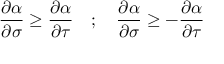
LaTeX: \frac { \partial \alpha } { \partial \sigma } \ge \frac { \partial \alpha } { \partial \tau } \quad ; \quad \frac { \partial \alpha } { \partial \sigma } \ge - \frac { \partial \alpha } { \partial \tau }